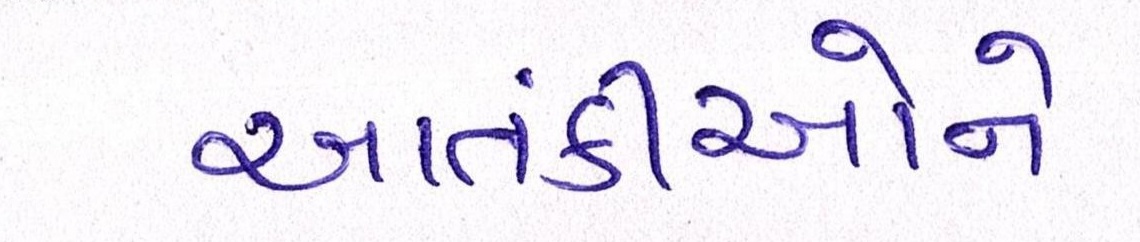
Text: આતંકીઓને